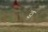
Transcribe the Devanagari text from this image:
ठ्स